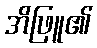
အိဖြူ၏